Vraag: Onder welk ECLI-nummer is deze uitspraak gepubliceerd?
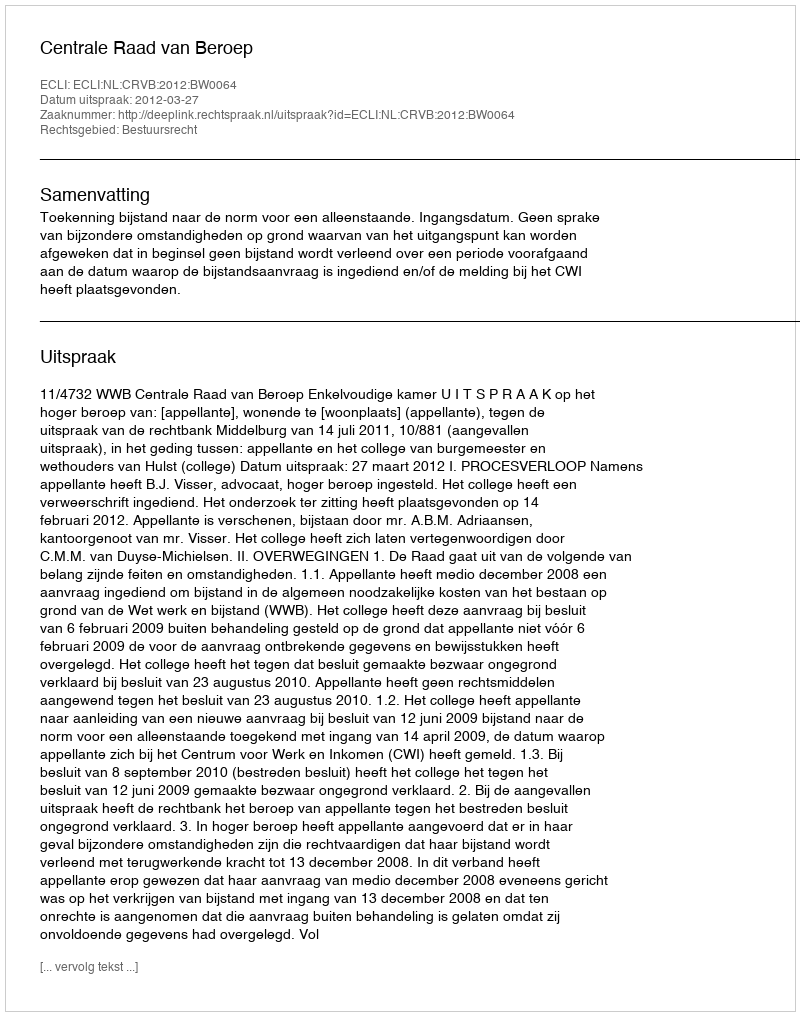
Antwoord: ECLI:NL:CRVB:2012:BW0064